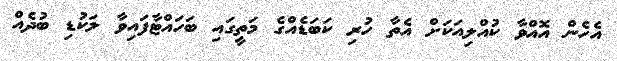
އެހެން އޮއްވާ ކުއްލިއަކަށް އެތާ ހުރި ކަބަޑެއްގެ މަތީގައި ބަހައްޓާފައިވާ ލަކުޑި ބުދެއް